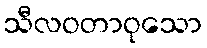
သီလဝတာဝုသော